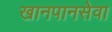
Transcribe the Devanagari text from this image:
खानपानसेवा